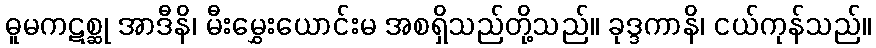
ဓူမကဋစ္ဆု အာဒီနိ၊ မီးမွှေးယောင်းမ အစရှိသည်တို့သည်။ ခုဒ္ဒကာနိ၊ ငယ်ကုန်သည်။